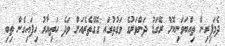
ދެމަފިރިން ތިއްބަވަނިކޮށް ރޭގަޑު ދަންވަރުގެ ވަގުތުގައި ގޭގެތެރެއަށް ވަދެ ހަތިޔާރު ހިފައިގެން ތިބި